Report on vaccination North-West Frontier Province 1904-1922 - 1904-1922
Year: 1904
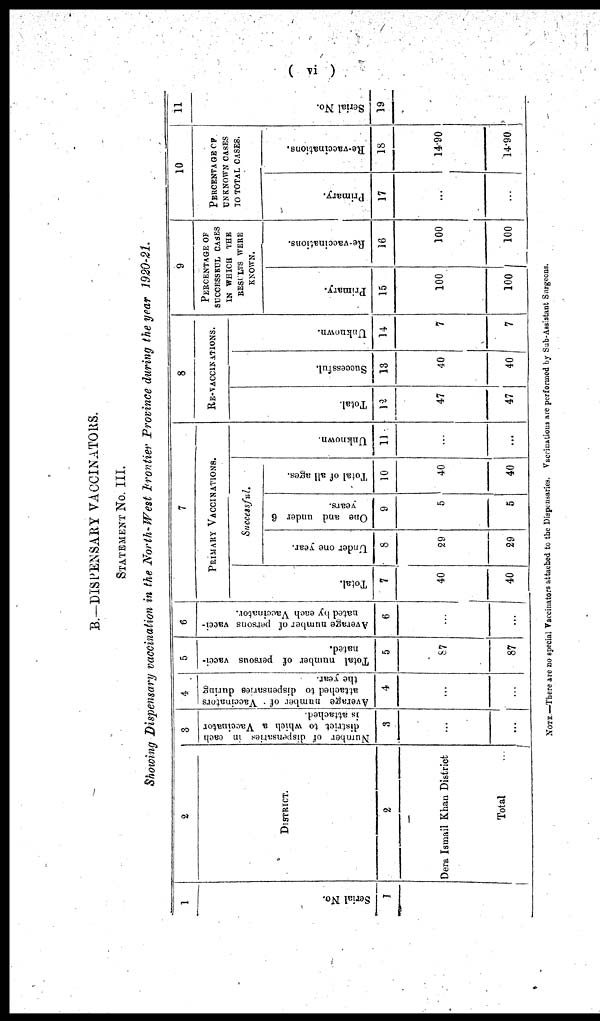
( vi )
B.—DISPENSARY VACCINATORS.
STATEMENT No. III.
Showing Dispensary vaccination in the North-West Frontier Province during the year 1920-21.
1
Serial No.
1
1
2
DISTRICT.
2
Dera Ismail Khan District
Total
...
3
Number of dispensaries in each
district to which a Vaccinator
is attached.
3
...
...
4
Average number of Vaccinators
attached to dispensaries during
the year.
4
...
...
5
Total number of persons vacci-
nated.
5
87
87
6
Average number of persons vacci-
nated by each Vaccinator.
6
...
...
7
PRIMARY VACCINATIONS.
Total.
7
40
40
Successful.
Under one year.
8
29
29
One and under 6
years.
9
5
5
Total of all ages.
10
40
40
Unknown.
11
...
...
8
RE-VACCINATIONS.
Total.
12
47
47
Successful.
13
40
40
Unknown.
14
7
7
9
PERCENTAGE OF
SUCCESSFUL CASES
IN WHICH THE
RESULTS WERE
KNOWN.
Primary.
15
100
100
Re-vaccinations.
16
100
100
10
PERCENTAGE OF
UNKNOWN CASES
TO TOTAL CASES.
Primary.
17
...
...
Re-vaccinations.
18
14.90
14.90
11
Serial No.
19
...
...
NOTE.—There are no special Vaccinators attached to the Dispensaries. Vaccinations are performed by Sub-Asistant Surgeons.